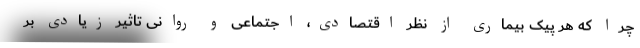
چرا که هر پیک بیماری از نظر اقتصادی، اجتماعی و روانی تاثیر زیادی بر